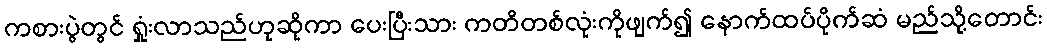
ကစားပွဲတွင် ရှုံးလာသည်ဟုဆိုကာ ပေးပြီးသား ကတိတစ်လုံးကိုဖျက်၍ နောက်ထပ်ပိုက်ဆံ မည်သို့တောင်း